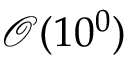
\mathcal { O } ( 1 0 ^ { 0 } )